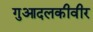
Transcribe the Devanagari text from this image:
गुआदलकीवीर